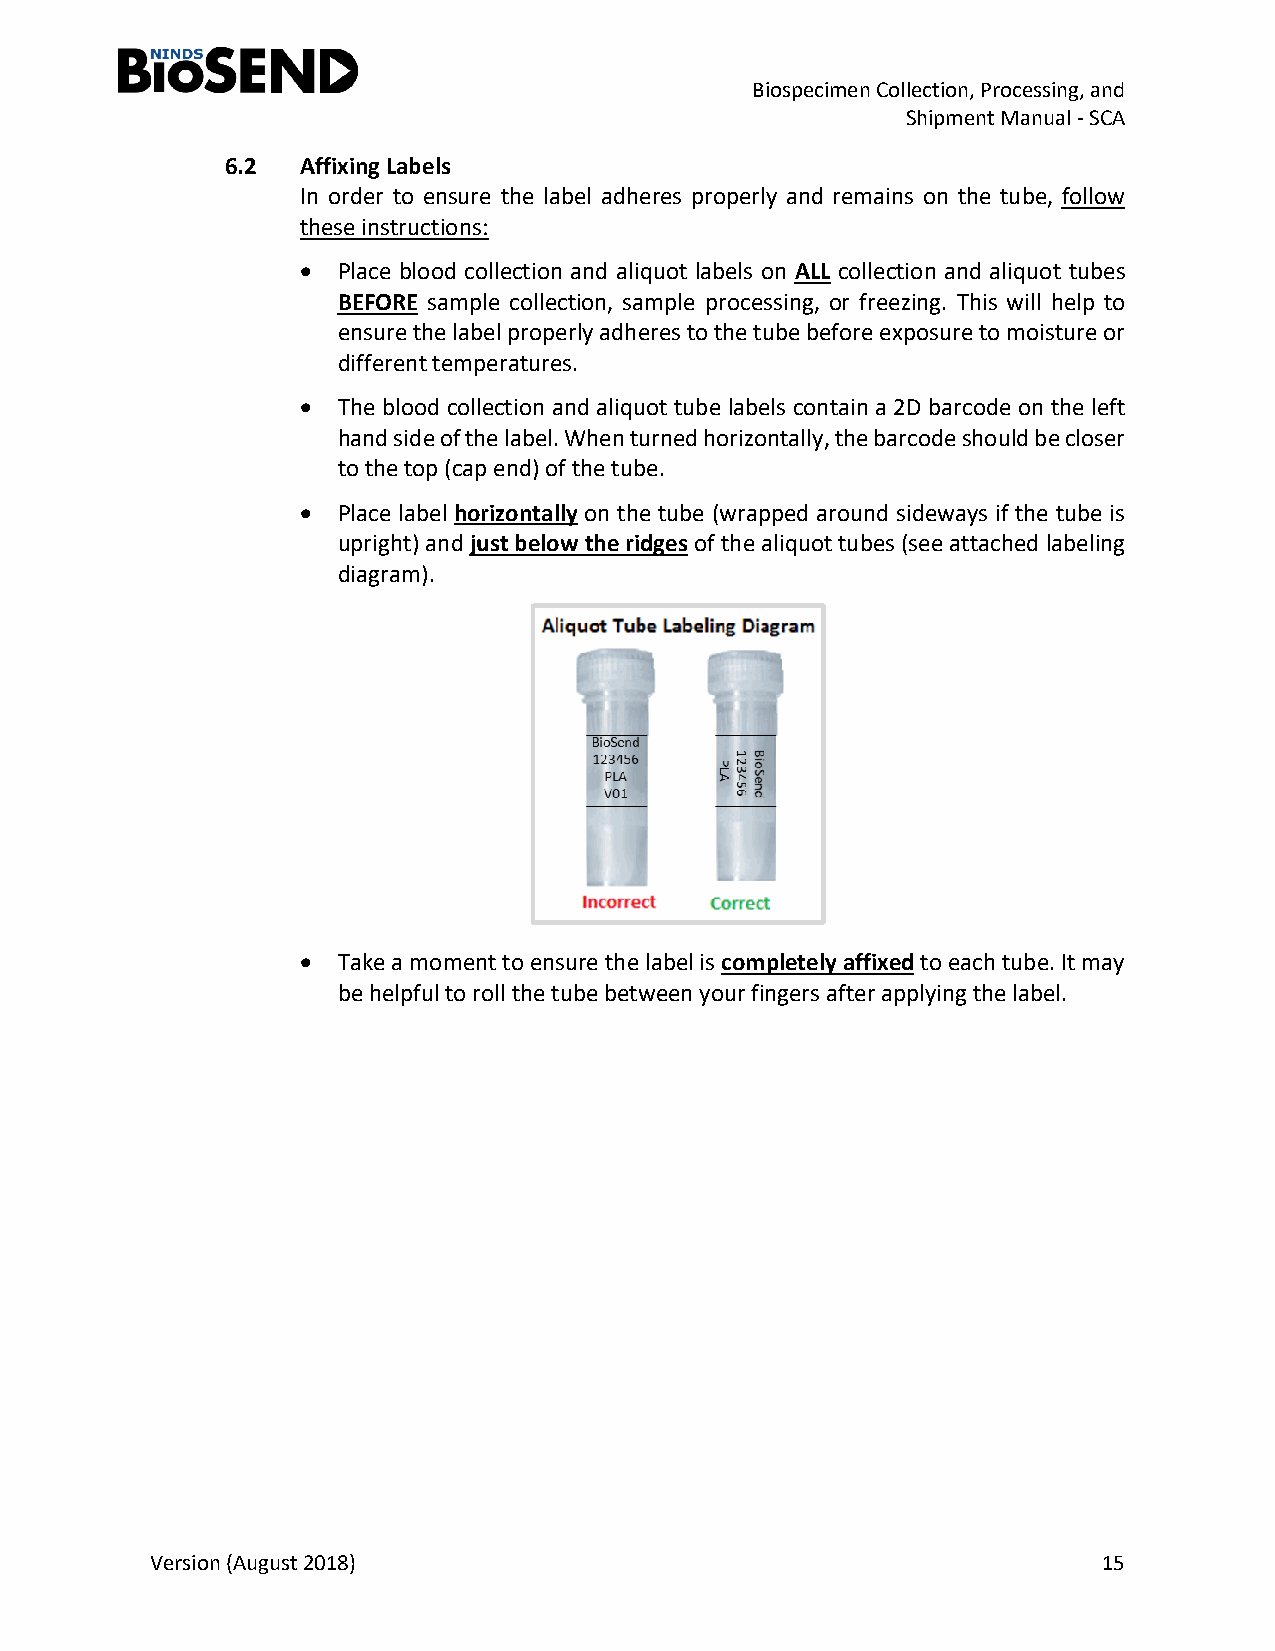
Biospecimen Collection, Processing, and
 Shipment Manual - SCA
 6.2  Affixing Labels
 In order to ensure the label adheres properly and remains on the tube, follow
 these instructions:
 • Place blood collection and aliquot labels on ALL collection and aliquot tubes
 BEFORE sample collection, sample processing, or freezing. This will help to
 ensure the label properly adheres to the tube before exposure to moisture or
 different temperatures.
 • The blood collection and aliquot tube labels contain a 2D barcode on the left
 hand side of the label. When turned horizontally, the barcode should be closer
 to the top (cap end) of the tube.
 • Place label horizontally on the tube (wrapped around sideways if the tube is
 upright) and just below the ridges of the aliquot tubes (see attached labeling
 diagram).
 • Take a moment to ensure the label is completely affixed to each tube. It may
 be helpful to roll the tube between your fingers after applying the label.
 Version (August 2018)                                          15